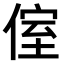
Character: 𠋤